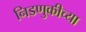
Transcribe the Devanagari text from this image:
निडणुकीच्या